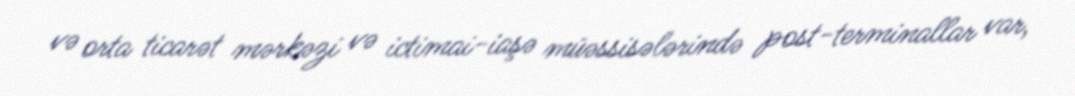
və orta ticarət mərkəzi və ictimai-iaşə müəssisələrində post-terminallar var,